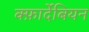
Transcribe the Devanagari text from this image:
क्फ़ार्देबियन